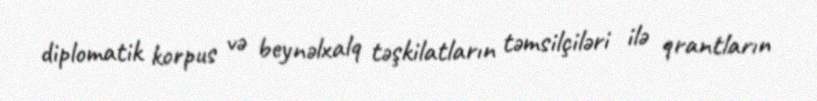
diplomatik korpus və beynəlxalq təşkilatların təmsilçiləri ilə qrantların